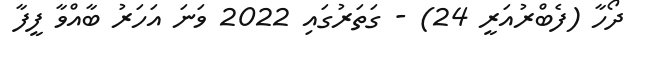
ދޯހާ (ފެބްރުއަރީ 24) - ގަތަރުގައި 2022 ވަނަ އަހަރު ބާއްވާ ފީފާ